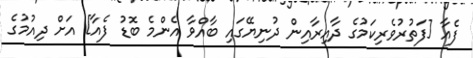
ފެއާ [ފަތުރުވެރިކަމުގެ ދާއިރާއިން ދުނިޔޭގައި ބާއްވާ އެންމެ ބޮޑު ފެއާ] އަށް ދިއުމުގެ